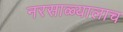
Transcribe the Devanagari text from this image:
नरसाळ्यालाच